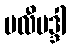
ဗလီဗဒ္ဒါ